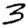
Digit: 3